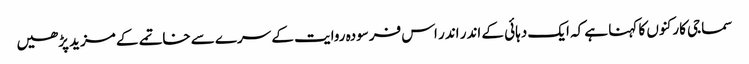
سماجی کارکنوں کا کہنا ہے کہ ایک دہائی کے اندر اندر اس فرسودہ روایت کے سرے سے خاتمے کے مزید پڑھیں